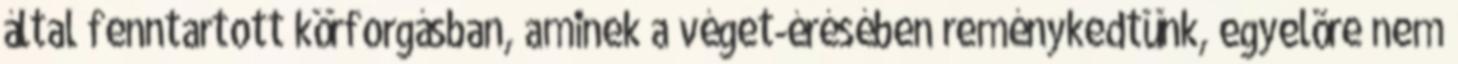
által fenntartott körforgásban, aminek a véget-érésében reménykedtünk, egyelõre nem